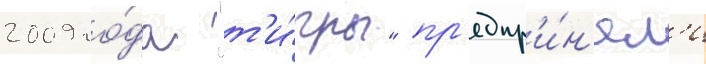
2009 го́да "т'и́гры" пр'едпр'и́н'ял'и